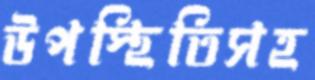
উপস্থিতিসহ